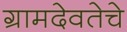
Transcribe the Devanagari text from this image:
ग्रामदेवतेचे